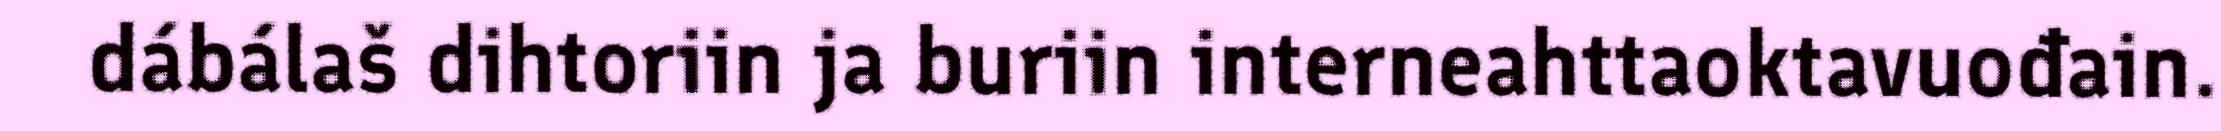
dábálaš dihtoriin ja buriin interneahttaoktavuođain.